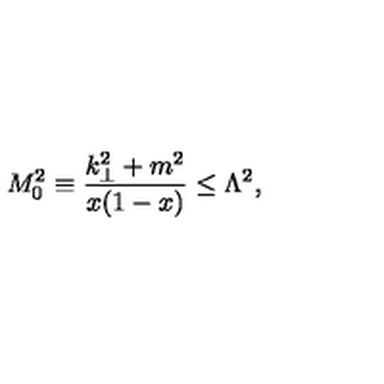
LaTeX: M _ { 0 } ^ { 2 } \equiv \frac { k _ { \perp } ^ { 2 } + m ^ { 2 } } { x ( 1 - x ) } \le \Lambda ^ { 2 } ,